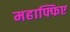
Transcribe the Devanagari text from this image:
महाफ्फिए